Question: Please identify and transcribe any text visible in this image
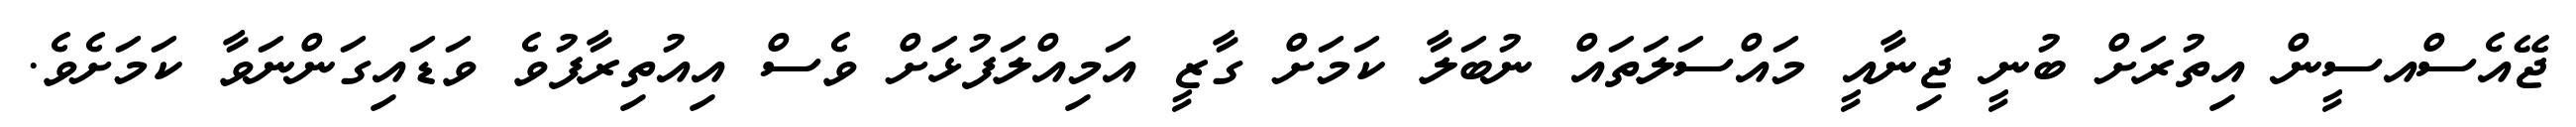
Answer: ޖޭއެސްއސީން އިތުރަށް ބުނީ ޖިނާއީ މައްސަލަތައް ނުބަލާ ކަމަށް ގާޒީ އަމިއްލަފުޅަށް ވެސް އިއުތިރާފުވެ ވަޑައިގަންނަވާ ކަމަށެވެ.